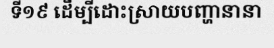
ទី១៩ ដើម្បីដោះស្រាយបញ្ហានានា